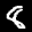
Label: 8